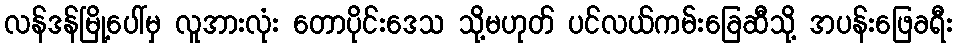
လန်ဒန်မြို့ပေါ်မှ လူအားလုံး တောပိုင်းဒေသ သို့မဟုတ် ပင်လယ်ကမ်းခြေဆီသို့ အပန်းဖြေခရီး